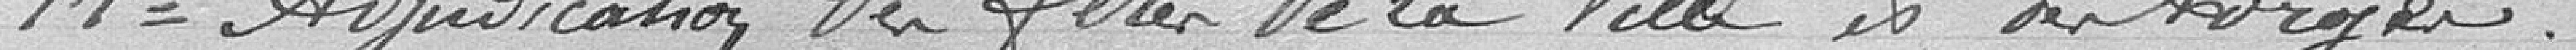
14° Adjudication des fêtes de la Ville et des berges